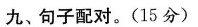
九、句子配对.(15分)